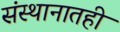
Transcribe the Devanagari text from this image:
संस्थानातही